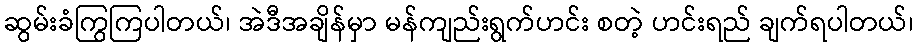
ဆွမ်းခံကြွကြပါတယ်၊ အဲဒီအချိန်မှာ မန်ကျည်းရွက်ဟင်း စတဲ့ ဟင်းရည် ချက်ရပါတယ်၊